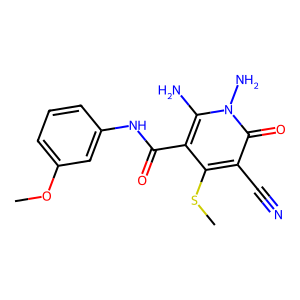
SMILES: COc1cccc(NC(=O)c2c(SC)c(C#N)c(=O)n(N)c2N)c1
Inhibits HIV replication: No